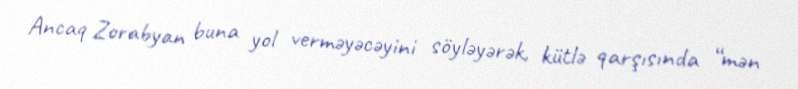
Ancaq Zorabyan buna yol verməyəcəyini söyləyərək, kütlə qarşısında “mən